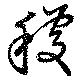
穫